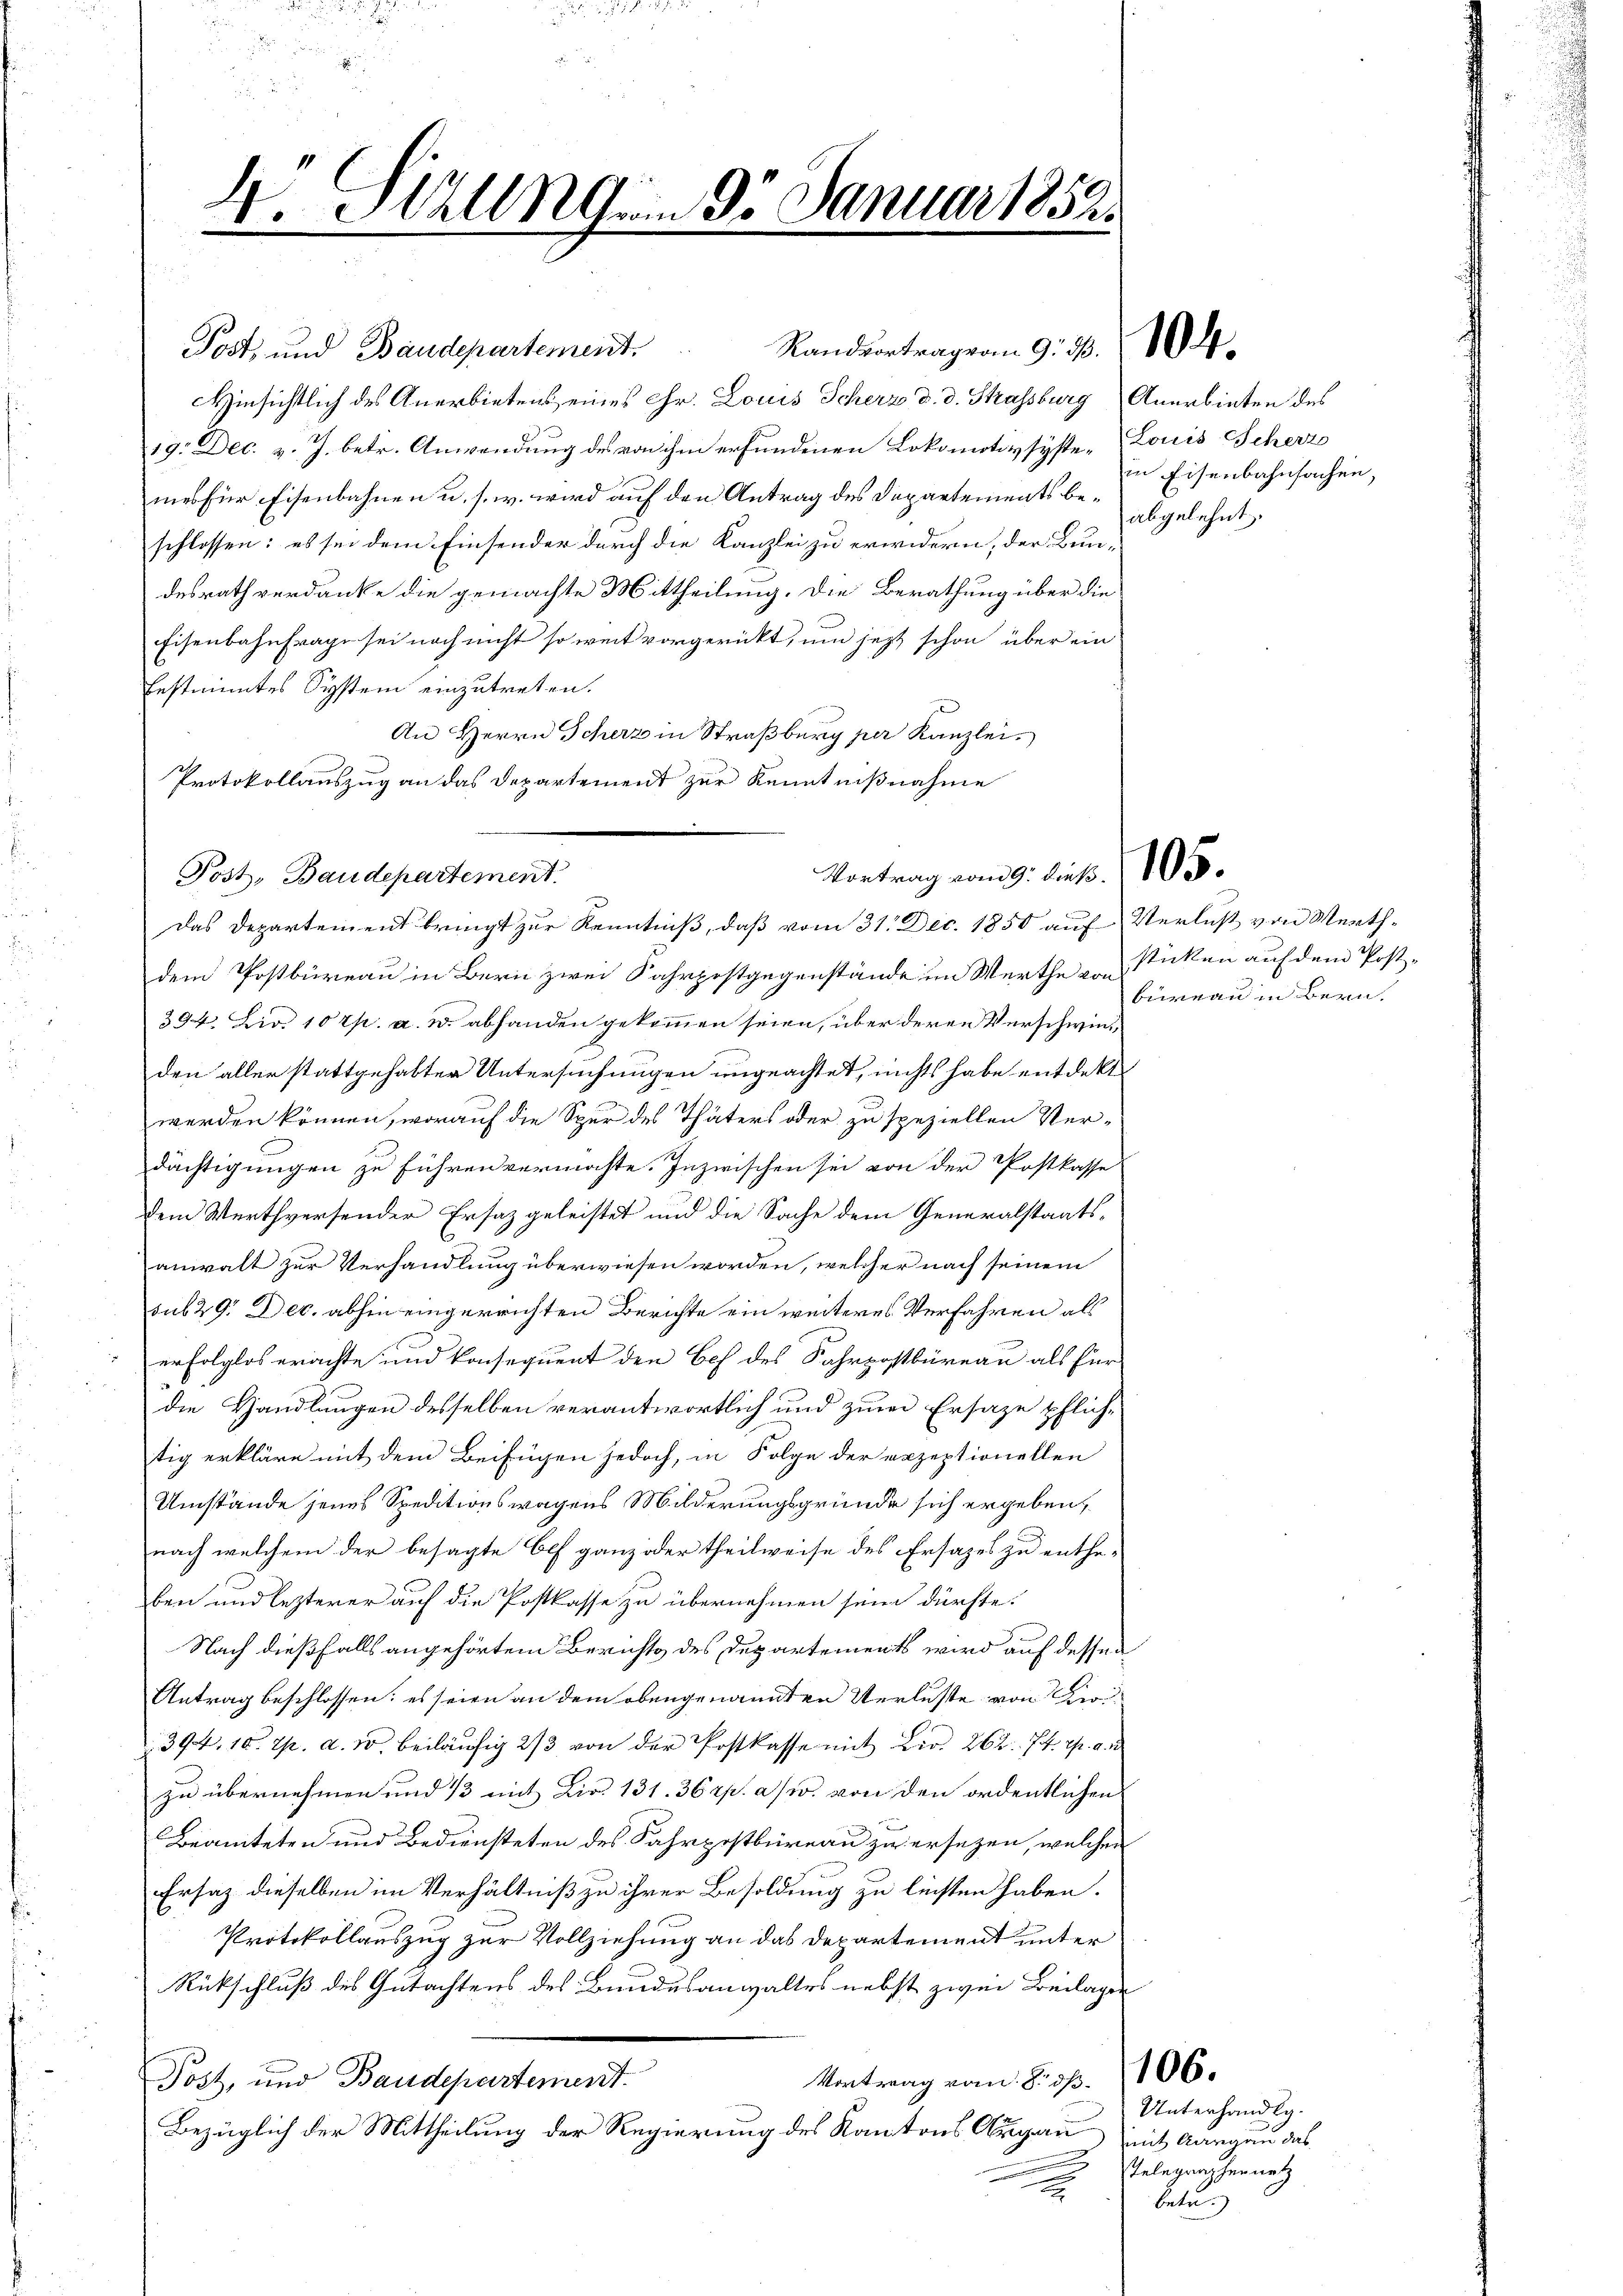
4. Millnn 95. Januar 1852.

Post, und Baudepartement.   Randvortrag vom 9. d.
Hinsichtlich des Anerbietens eines Chr. Louis Scherz d. d. Strassburg Anerbieten des
19. Dec. v. J. betr. Anwendung des von ihm erfundenen Lokomotivsyste-Louis Scherz
mes für Eisenbahnen u. s. w. wird auf den Antrag des Departements beschlossen: es sei dem Einsender durch die Kanzlei zu erwidern, der Bundesrath verdanke die gemachte Mittheilung. Die Berathung über die
Eisenbahnfrage sei noch nicht so weit vorgericht, um jezt schon über ein
Erstimmtes System einzutreten.
An Herrn Scherz in Straßburg per Kanzlei.
Protokollauszug an das Departement zur Kenntnißnahme
dem Postbüreau in Bern zwei Fahrpostgegenstände im Werthe von Sticken auf dem Post-
394. Dir. 10 rp. a. W. abhanden gekommen seien, über deren Verschwinden aller stattgehabten Untersuchungen ungeachtet, nichts habe entdekt
werden können, worauf die Spur des Thäters oder zu speziellen Ver-
dächtigungen zu führen vermochte. Inzwischen sei von der Postkasse
dem Werthversender Ersatz geleistet und die Sache dem Generalstaats-
anwalt zur Verhandlung überwiesen worden, welcher nach seinem
sub 29. Dec. abhin eingerrichten Berichte ein weiteres Verfahren als
erfolglos erachte und konsequent den Beh des Fahrpostbüreau als für
die Handlungen desselben verantwortlich und zur Ersaze pflichtig erkläre mit dem Beifügen jedoch, in Folge der erzeptionellen
Umstände jenes Speditionswagens Milderungsgründe sich ergeben,
nach welchem der besagte Olf ganz oder theilweise des Ersatzes zu enthe-
ben und lezterer auf die Postkasse zu übernehmen sein dürfte.
Nach dießfalls angehörtem Berichts des Departements wird auf dessen
Antrag beschlossen: es seien an dem obengenannten Verluste von Kir¬
394. 10. pr. d. 30. beiläufig 2/3 von der Postkasse mit Lir. 262. 14. Th. a.
zu übernehmen und 13 mit Dir. 131. 36 rp. a/. von den ordentlichen
e
Beamteten und Bediensteten des Fahrpostbüreau zu ersezen, welchen
Ersatz dieselben im Verhältniß zu ihrer Besoldung zu leisten haben.
Protokollauszug zur Vollziehung an das Departement unter
Rückschluß des Gutachtens des Bundesanwaltes nebst zwei Beilagen
Kontrag vom 8. d. 106.
Post, und Baudepartement.
Bezüglich der Mittheilung der Regierung des Kantons Argau mit Aargau das

Vortrag vom 9. dies. 105.
Post, Baudepartement
Das Departement bringt zur Kenntniß, daß vom 31. Dec. 1850 auf Verlust von Werth¬

in Eisenbahnsachen,
abgelehnt.

büreau in Bern,

Unterhandlg.
Telegraphennetz
betr.